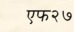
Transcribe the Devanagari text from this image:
एफ२७